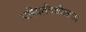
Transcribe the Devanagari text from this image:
परिवर्तनशीलता।